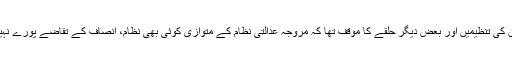
تاہم انسانی حقوق کی تنظیمیں اور بعض دیگر حلقے کا موقف تھا کہ مروجہ عدالتی نظام کے متوازی کوئی بھی نظام، انصاف کے تقاضے پورے نہیں کر سکتا ہے۔